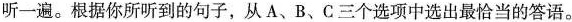
听一遍。根据你所听到的句子，从A、B、C三个选项中选出最恰当的答语。